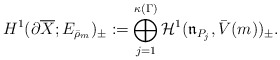
\begin{align*}H^1(\partial\overline{X};E_{\bar{\rho}_m})_{\pm}:=\bigoplus_{j=1}^{\kappa(\Gamma)}\mathcal{H}^1(\mathfrak{n}_{P_j},\bar{V}(m))_{\pm}.\end{align*}